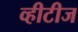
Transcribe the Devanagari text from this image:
व्हीटीज